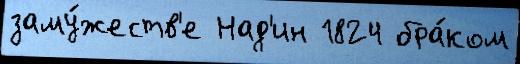
заму́жеств'е Над'ин 1824 бра́ком